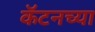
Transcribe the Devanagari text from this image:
कॅटनच्या